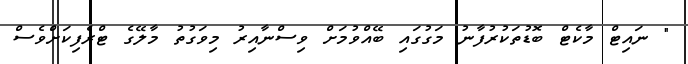
" ނައިޓް މާކެޓް ބޮޑުތަކުރުފާނު މަގުގައި ބޭއްވުމަށް ވިސްނާއިރު މިވަގުތު މާލޭގެ ޓްރެފިކަށްވެސް